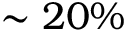
\sim 2 0 \%